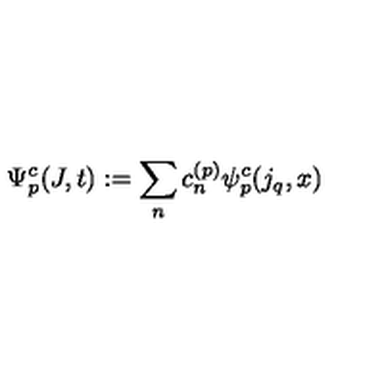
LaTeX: \Psi _ { p } ^ { c } ( J , t ) : = \sum _ { n } c _ { n } ^ { ( p ) } \psi _ { p } ^ { c } ( j _ { q } , x )